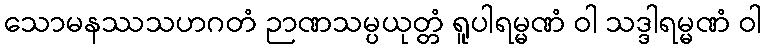
သောမနဿသဟဂတံ ဉာဏသမ္ပယုတ္တံ ရူပါရမ္မဏံ ဝါ သဒ္ဒါရမ္မဏံ ဝါ